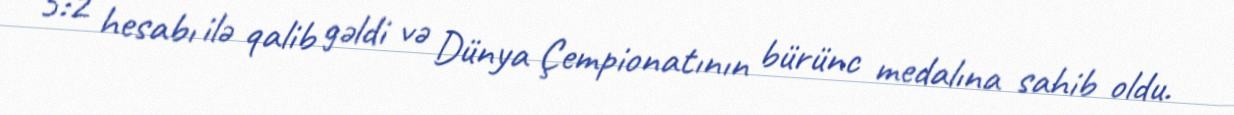
5:2 hesabı ilə qalib gəldi və Dünya Çempionatının bürünc medalına sahib oldu.